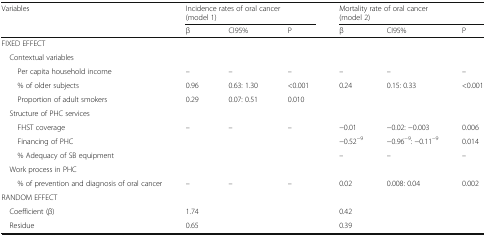
<table><thead><tr><td rowspan="2"><b>Variables</b></td><td colspan="3"><b>Incidence rates of oral cancer(model 1)</b></td><td colspan="3"><b>Mortality rate of oral cancer(model 2)</b></td></tr><tr><td><b>β</b></td><td><b>CI95%</b></td><td><b>P</b></td><td><b>β</b></td><td><b>CI95%</b></td><td><b>P</b></td></tr></thead><tbody><tr><td colspan="7">FIXED EFFECT</td></tr><tr><td colspan="7"> Contextual variables</td></tr><tr><td>Per capita household income</td><td>–</td><td>–</td><td>–</td><td>–</td><td>–</td><td>–</td></tr><tr><td>% of older subjects</td><td>0.96</td><td>0.63: 1.30</td><td>&lt;0.001</td><td>0.24</td><td>0.15: 0.33</td><td>&lt;0.001</td></tr><tr><td>Proportion of adult smokers</td><td>0.29</td><td>0.07: 0.51</td><td>0.010</td><td></td><td></td><td></td></tr><tr><td> Structure of PHC services</td><td></td><td></td><td></td><td></td><td></td><td></td></tr><tr><td>FHST coverage</td><td>–</td><td>–</td><td>–</td><td>−0.01</td><td>−0.02: −0.003</td><td>0.006</td></tr><tr><td>Financing of PHC</td><td></td><td></td><td></td><td>−0.52<sup>−9</sup></td><td>−0.96<sup>−9</sup>: −0.11<sup>−9</sup></td><td>0.014</td></tr><tr><td>% Adequacy of SB equipment</td><td></td><td></td><td></td><td>–</td><td>–</td><td>–</td></tr><tr><td> Work process in PHC</td><td></td><td></td><td></td><td></td><td></td><td></td></tr><tr><td>% of prevention and diagnosis of oral cancer</td><td>–</td><td>–</td><td>–</td><td>0.02</td><td>0.008: 0.04</td><td>0.002</td></tr><tr><td colspan="7">RANDOM EFFECT</td></tr><tr><td> Coefficient (β)</td><td colspan="3">1.74</td><td colspan="3">0.42</td></tr><tr><td> Residue</td><td colspan="3">0.65</td><td colspan="3">0.39</td></tr></tbody></table>